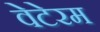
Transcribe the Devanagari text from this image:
वेटेरम